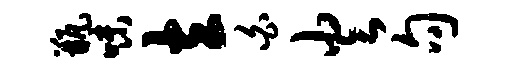
瓶味立白火句